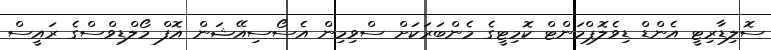
ސޮލިޑާރިޓީ އެންޑް ޑިވެލޮޕްމަންޓް ކޮމިޓީގެ މެންބަރަކަށް ސްވިމިން އެސޯސިއޭޝަން އޮފް މޯލްޑިވްސްގެ ރައީސް